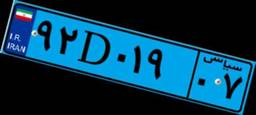
۶۵D۸۱۸۰۹